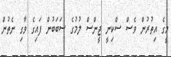
މީގެ އިތުރުން ވެސް ސްކިނީ ޖީންސް ލުމުގެ ސަބަބުން ފައިގެ ވާގި ނެތުން